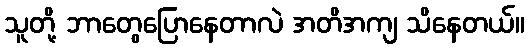
သူတို့ ဘာတွေပြောနေတာလဲ အတိအကျ သိနေတယ်။